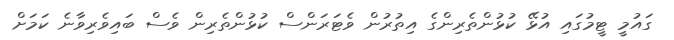
ގައުމީ ޓީމުގައި އުޅޭ ކުޅުންތެރިންގެ އިތުރުން ވެޓަރަންސް ކުޅުންތެރިން ވެސް ބައިވެރިވާނެ ކަމަށް